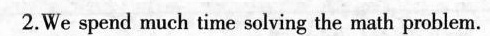
2.We spend much time solving the math problem.